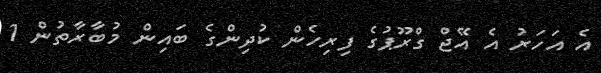
އެ އަހަރު އެ އޭޖް ގްރޫޕުގެ ފިރިހެން ކުދިންގެ ބައިން މުބާރާތުން 1